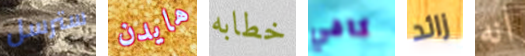
سترسل هايدن خطابه كافي زائد انه